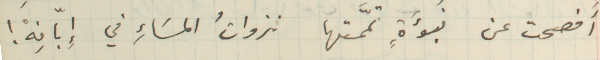
أَفصحت عن نبؤَةٍ تمَّمتها نزواتُ المسَاءِ في إِبّانِهْ!